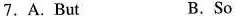
7.A.But B.So